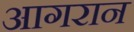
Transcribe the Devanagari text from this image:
आगरान